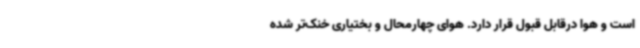
است و هوا درقابل قبول قرار دارد. هوای چهارمحال و بختیاری خنک‌تر شده